Distribution and causation of leprosy in British India
Year: 1875
Disease focus: Leprosy
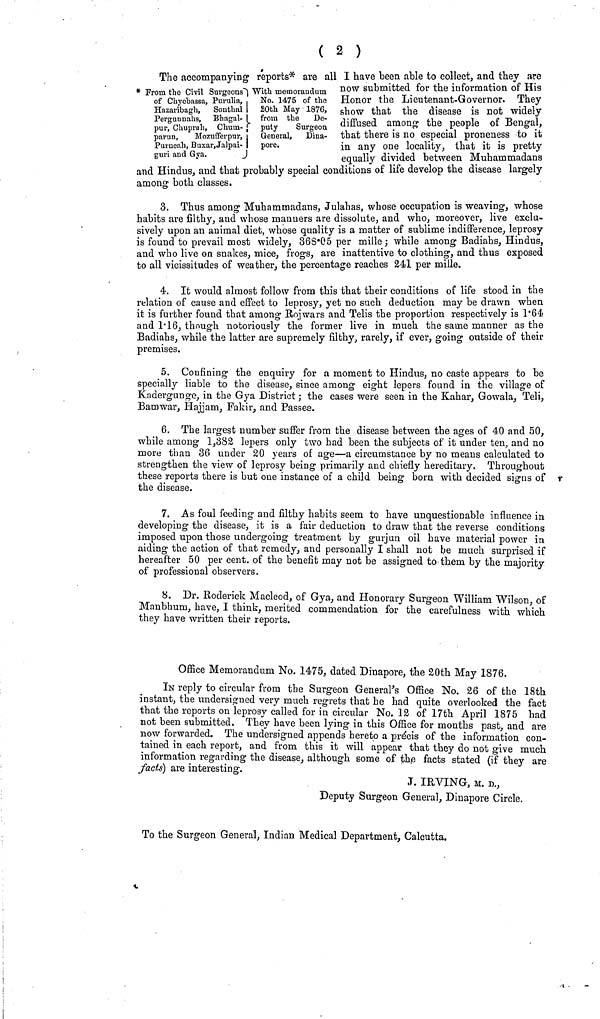
( 2 )
The accompanying reports* are all I have been able to collect, and they are
From the Civil Surgeons""} With memorandum
of Chyebassa, Purulia, , No. 1475 of the
Hazavibagh, Sonthal [ 20th May 1876,
Pergunnahs, Bhagal- I from the
De-
pur, Chuprah, Churn- { puty
Surgeon
parun,
Mozufferpur, ι General,
Dina-
Purneah, Buxar, Jalpai- I pore,
guri and Gya,
J
now submitted for the information or His
Honor the Lieutenant-Governor. They
show that the disease is not widely
diffused among the people of Bengal,
that there is no especial proneness to it
in any one locality, that it is pretty
equally divided between Muhammadans
and Hindus, and that probably special conditions of life develop the disease largely
among both classes.
3. Thus among Muhammadans, Julahas, whose occupation is weaving, whose
habits are filthy, and whose manners are dissolute, and who, moreover, live exclu-
sively upon an animal diet, whose quality is a matter of sublime indifference, leprosy
is found to prevail most widely, 368Ό5 per mille ; while among Badiahs, Hindus,
and who live on snakes, mice, frogs, are inattentive to clothing, and thus exposed
to all vicissitudes of weather, the percentage reaches 241 per mille.
4. It would almost follow from this that their conditions of life stood in the
relation of cause and effect to leprosy, yet no such deduction may be drawn when
it is further found that among Rojwars and Telis the proportion respectively is 1*64
and Γ16, though notoriously the former live in much the same manner as the
Badiahs, while the latter are supremely filthy, rarely, if ever, going outside of their
premises.
5. Confining the enquiry for a moment to Hindus, no caste appears to be
specially liable to the disease, since among eight lepers found in the village of
Kadergunge, in the Gya District ; the cases were seen in the Kahar, Gowala, Teli,
Bamwar, Hajjam, Fakir, and Passee.
6. The largest number suffer from the disease between the ages of 40 and 50,
while among 1,382 lepers only two had been the subjects of it under ten, and no
more than 36 under 20 years of age—a circumstance by no means calculated to
strengthen the view of leprosy being primarily and chiefly hereditary. Throughout
these reports there is but one instance of a child being born with decided signs of
the disease.
7. As foul feeding and filthy habits seem to have unquestionable influence in
developing the disease, it is a fair deduction to draw that the reverse conditions
imposed upon those undergoing treatment by gurjun oil have material power in
aiding the action of that remedy, and personally I shall not be much surprised if
hereafter 50 per cent, of the benefit may not be assigned to them by the majority
of professional observers.
8. Dr. Roderick Macleod, of Gya, and Honorary Surgeon William Wilson, of
Manbhum, have, I think, merited commendation for the carefulness with which
they have written their reports.
Office Memorandum No. 1475, dated Dinapore, the 20th May 1876.
IN reply to circular from the Surgeon General's Office No. 26 of the 18th
instant, the undersigned very much regrets that he had quite overlooked the fact
that the reports on leprosy called for in circular No. 12 of 17th April 1875 had
not been submitted. They have been lying in this Office for months past, and are
now forwarded. The undersigned appends hereto a precis of the information con-
tained in each report, and from this it will appear that they do not give much
information regarding the disease, although some of the facts stated (if they are
facts] are interesting.
,T. IRVING, M. D.,
Deputy Surgeon General, Dinapore Circle.
To the Surgeon General, Indian Medical Department, Calcutta,